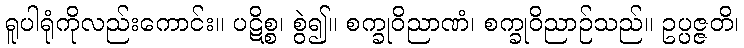
ရူပါရုံကိုလည်းကောင်း။ ပဋိစ္စ၊ စွဲ၍။ စက္ခုဝိညာဏံ၊ စက္ခုဝိညာဉ်သည်။ ဥပ္ပဇ္ဇတိ၊